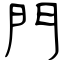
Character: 門